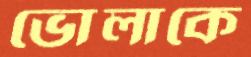
ভোলাকে